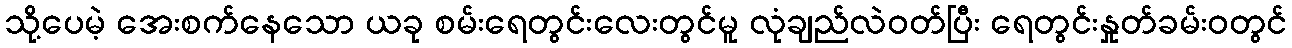
သို့ပေမဲ့ အေးစက်နေသော ယခု စမ်းရေတွင်းလေးတွင်မူ လုံချည်လဲဝတ်ပြီး ရေတွင်းနှုတ်ခမ်းဝတွင်